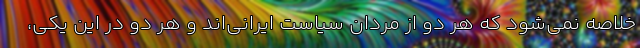
خلاصه نمی‌شود که هر دو از مردان سیاست ایرانی‌‌اند و هر دو در این یکی،